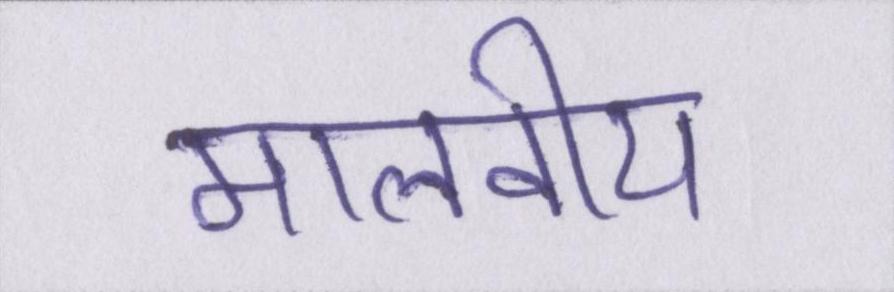
मालवीय